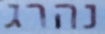
נהרג